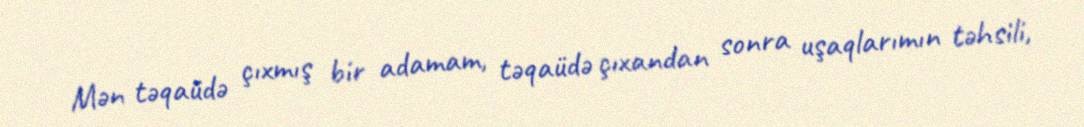
Mən təqaüdə çıxmış bir adamam, təqaüdə çıxandan sonra uşaqlarımın təhsili,